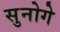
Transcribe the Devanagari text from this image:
सुनोगे